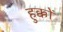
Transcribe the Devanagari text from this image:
हुक्कों